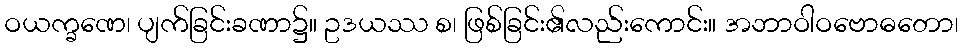
ဝယက္ခဏေ၊ ပျက်ခြင်းခဏာ၌။ ဥဒယဿ စ၊ ဖြစ်ခြင်း၏လည်းကောင်း။ အဘာဝါဝဗောဓတော၊